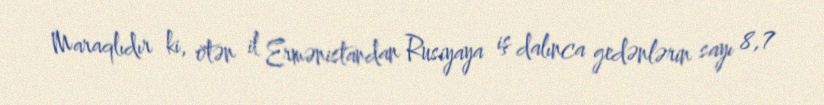
Maraqlıdır ki, ötən il Ermənistandan Rusiyaya iş dalınca gedənlərin sayı 8,7